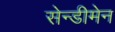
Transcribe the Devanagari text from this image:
सेन्डीमेन